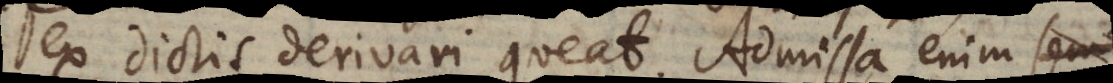
ex dictis derivari queat. Admissa enim se